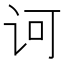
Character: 诃